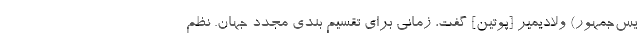
یس‌جمهور) ولادیمیر [پوتین] گفت، زمانی برای تقسیم بندی مجدد جهان. نظم